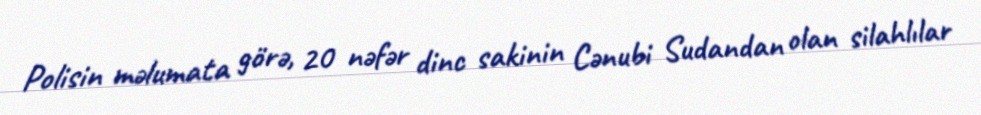
Polisin məlumata görə, 20 nəfər dinc sakinin Cənubi Sudandan olan silahlılar